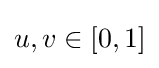
u,v\in [0,1]